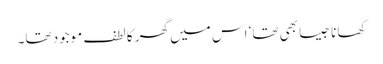
کھانا جیسا بھی تھا‘ اس میں گھر کا لطف موجود تھا۔